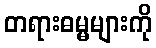
တရားဓမ္မများကို